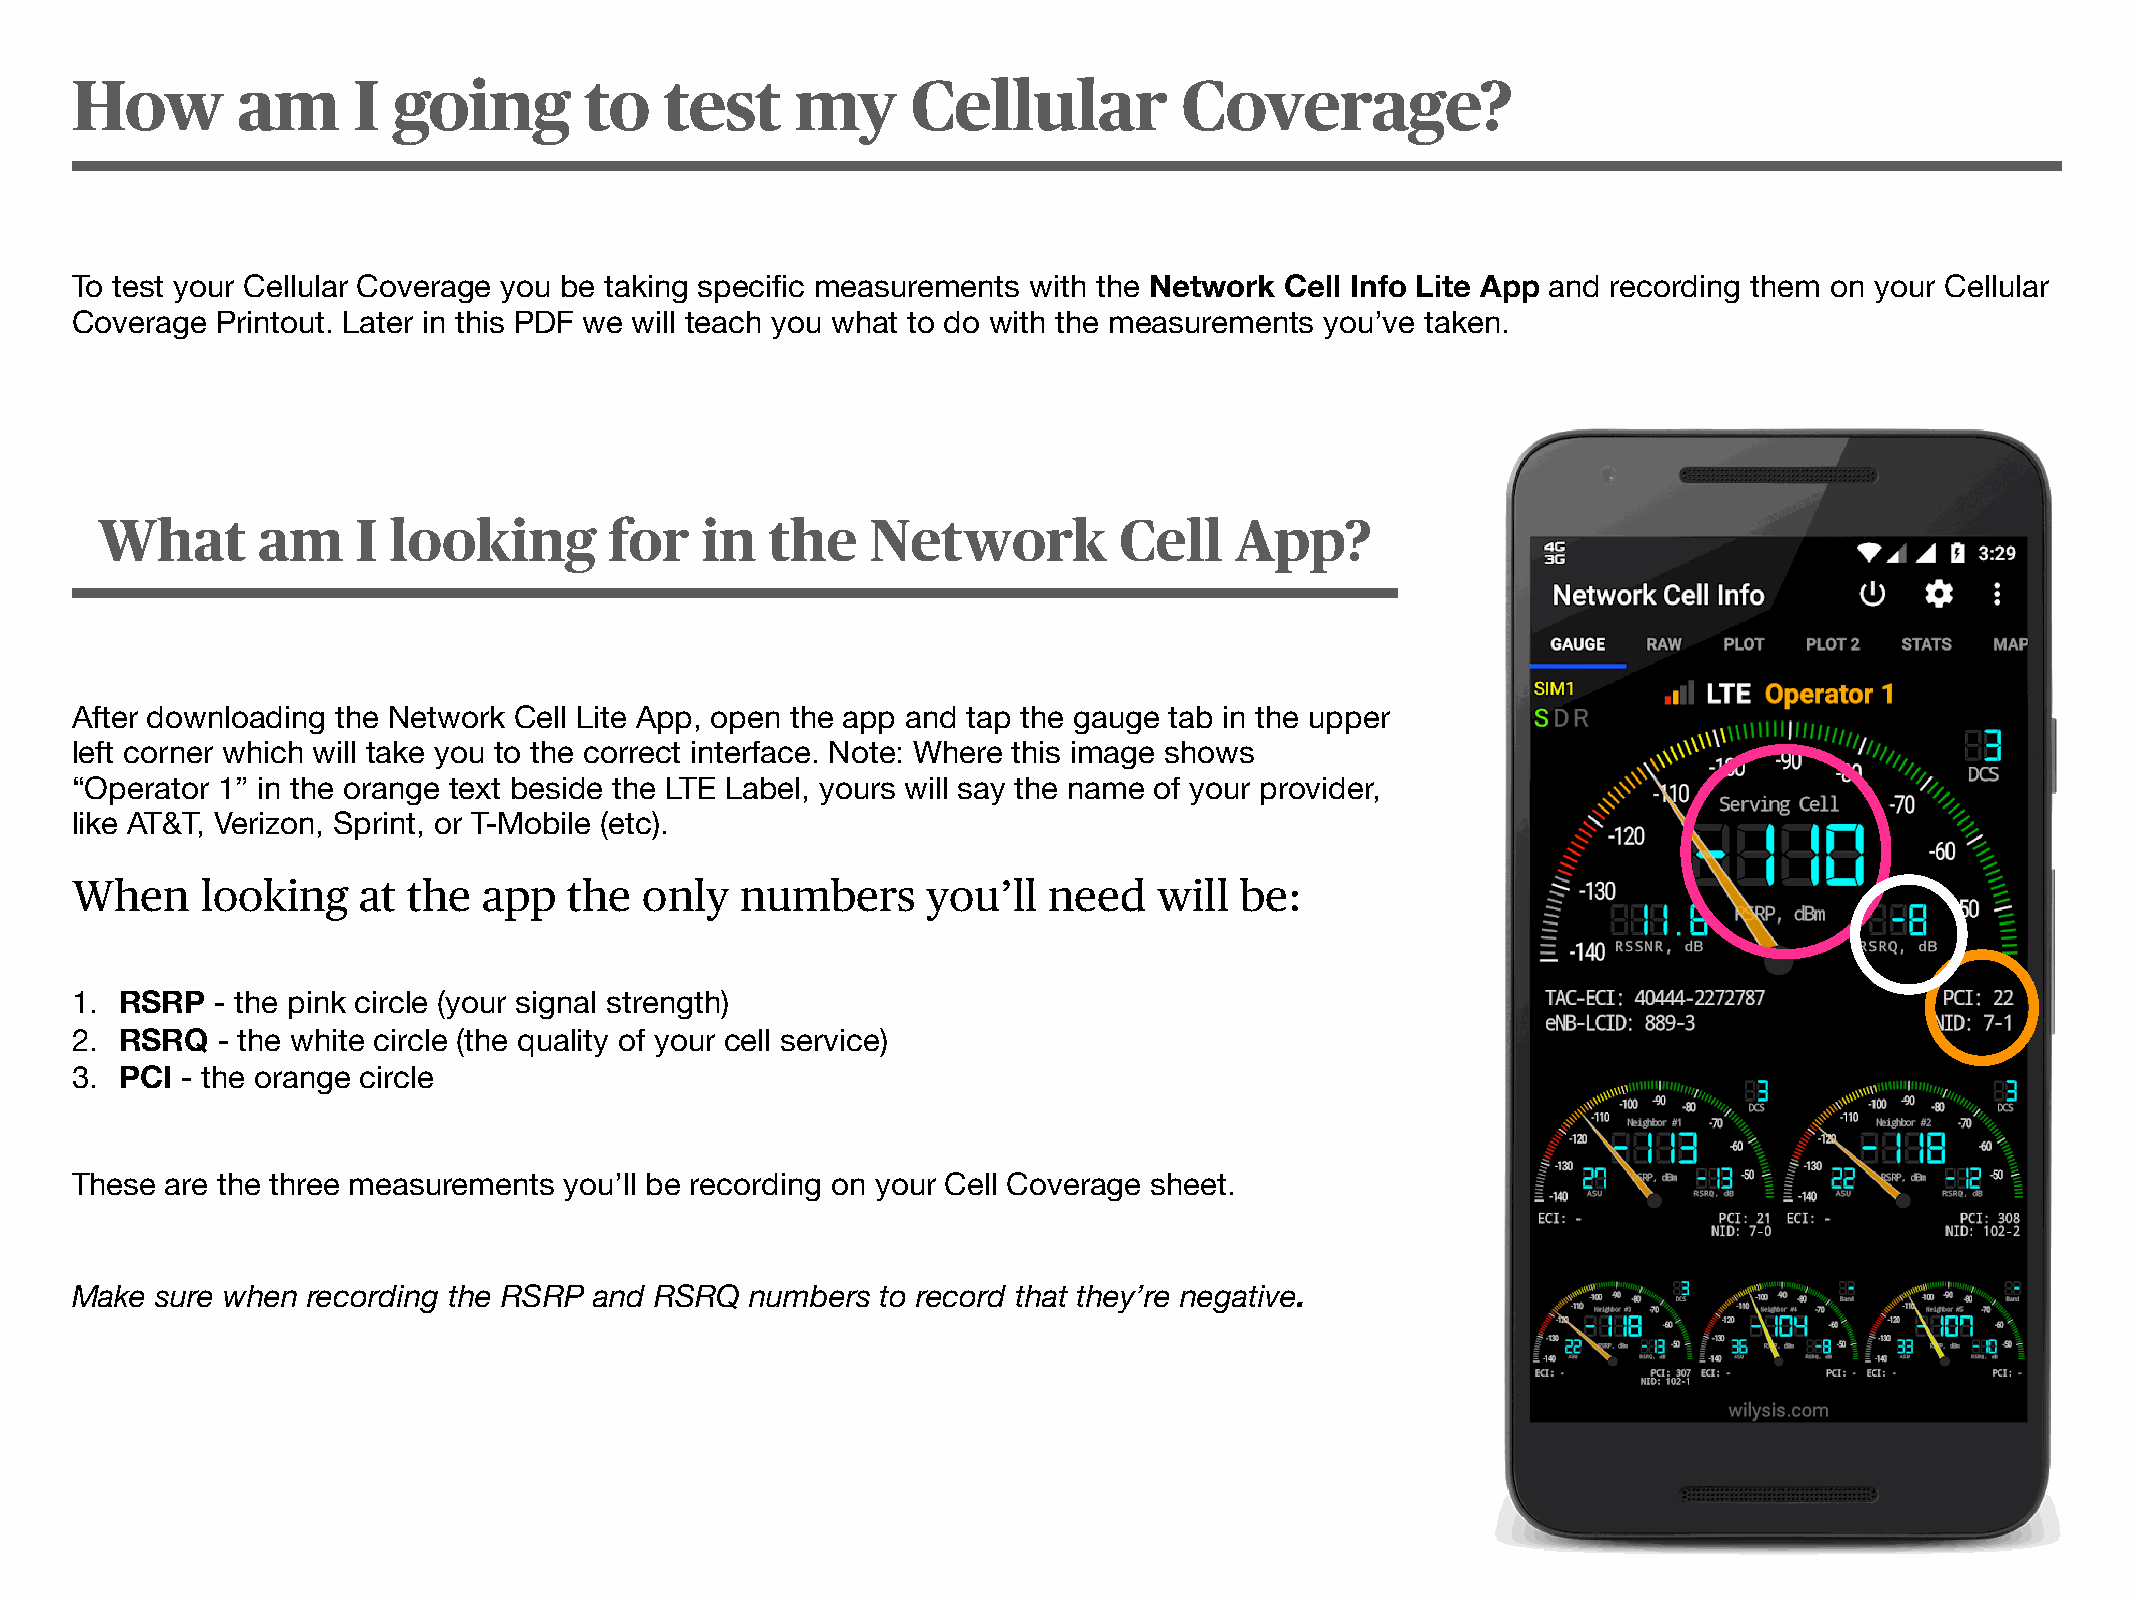
How        am     I  going        to   test     my     Cellular          Coverage?
 To test your Cellular Coverage you be taking specific measurements with the Network Cell Info Lite App and recording them on your Cellular
 Coverage Printout. Later in this PDF we will teach you what to do with the measurements you’ve taken.
 What       am     I looking       for   in   the    Network         Cell    App?
 After downloading the Network Cell Lite App, open the app and tap the gauge tab in the upper
 left corner which will take you to the correct interface. Note: Where this image shows
 “Operator 1” in the orange text beside the LTE Label, yours will say the name of your provider,
 like AT&T, Verizon, Sprint, or T-Mobile (etc).
 When    looking    at the  app   the  only  numbers     you’ll  need    will be:
 1. RSRP  - the pink circle (your signal strength)
 2. RSRQ  - the white circle (the quality of your cell service)
 3. PCI - the orange circle
 These are the three measurements you’ll be recording on your Cell Coverage sheet.
 Make sure when recording the RSRP and RSRQ   numbers to record that they’re negative.